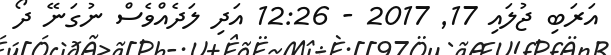
އަރަބި ޖުލައި 17